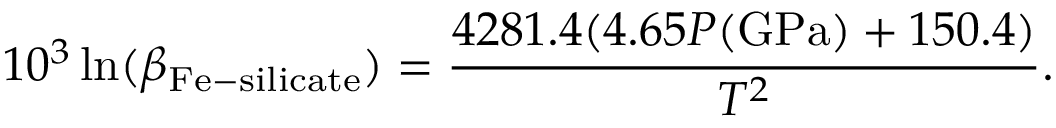
1 0 ^ { 3 } \ln ( \beta _ { \mathrm { F e - s i l i c a t e } } ) = \frac { 4 2 8 1 . 4 ( 4 . 6 5 P ( \mathrm { G P a } ) + 1 5 0 . 4 ) } { T ^ { 2 } } .